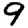
Digit: 9